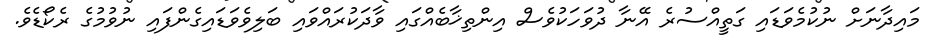
މައިދާނަށް ނުކުމެވަޑައި ގަތީއްސުރެ އޭނާ ދުވަހަކުވެސް އިންތިޚާބެއްގައި ވާދަކުރައްވައި ބަލިވެވަޑައިގެންފައި ނުވުމުގެ ރެކޯޑެވެ.